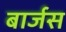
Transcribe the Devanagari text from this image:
बार्जस